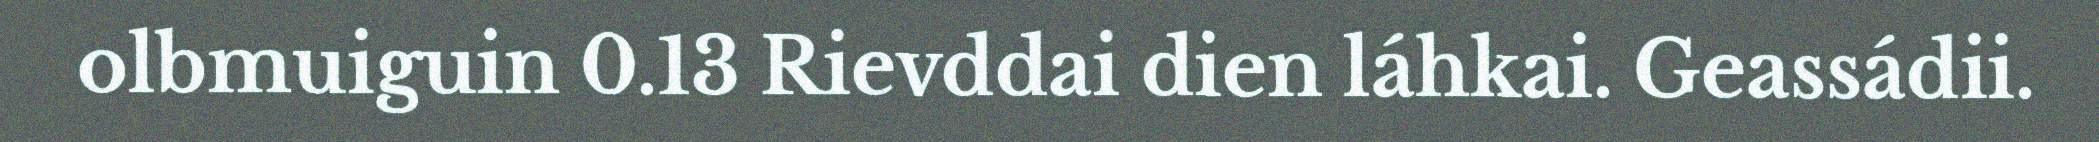
olbmuiguin 0.13 Rievddai dien láhkai. Geassádii.